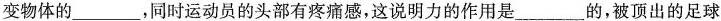
变物体的___，同时运动员的头部有疼痛感，这说明力的作用是___的，被顶出的足球